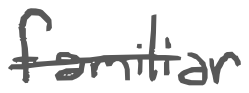
Text: familiar
Cross-out: single-line
Writing tool: digital_gray